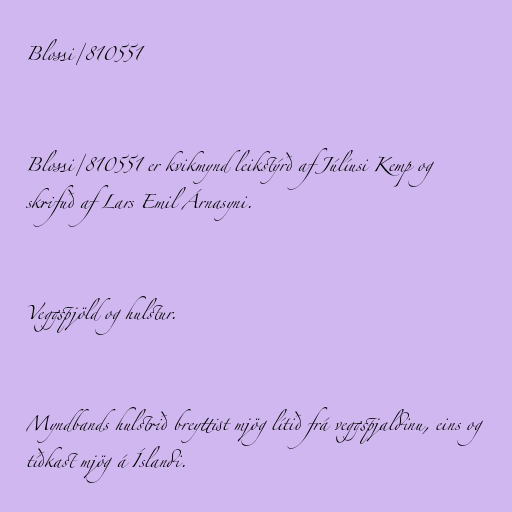
Blossi/810551

Blossi/810551 er kvikmynd leikstýrð af Júlíusi Kemp og
skrifuð af Lars Emil Árnasyni.

Veggspjöld og hulstur.

Myndbands hulstrið breyttist mjög lítið frá veggspjaldinu, eins og
tíðkast mjög á Íslandi.